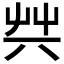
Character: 𠔖